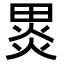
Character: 𭻞